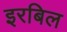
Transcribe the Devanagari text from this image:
इरबिल